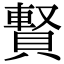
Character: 𧷄